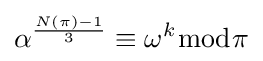
\alpha ^{\frac {N(\pi )-1}{3}}\equiv \omega ^{k}{\bmod {\pi }}